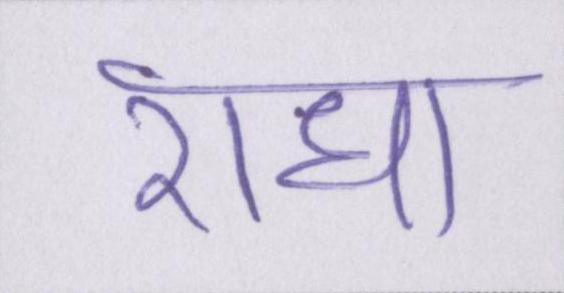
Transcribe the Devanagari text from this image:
राधा